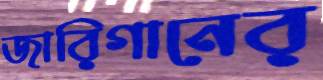
জারিগানের